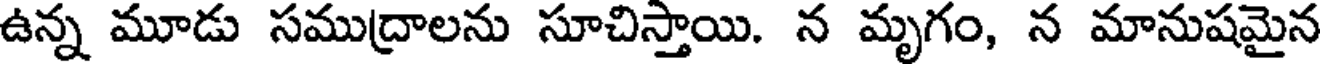
ఉన్న మూడు సముద్రాలను సూచిస్తాయి. న మృగం, న మానుషమైన